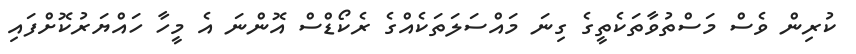
ކުރިން ވެސް މަސްތުވާތަކެތީގެ ގިނަ މައްސަލަތަކެއްގެ ރެކޯޑްސް އޮންނަ އެ މީހާ ހައްޔަރުކޮށްފައި